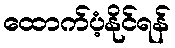
ထောက်ပံ့နိုင်ရန်